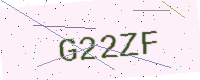
Text: G22ZF